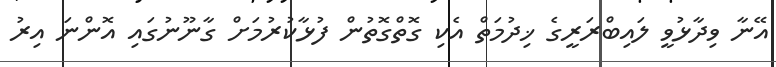
އޭނާ ވިދާޅުވީ ލައިބްރަރީގެ ޚިދުމަތް އެކި ގޮތްގޮތުން ފުޅާކުރުމަށް ގާނޫނުގައި އޮންނަ އިރު